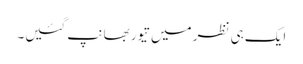
ایک ہی نظر میں تیور بھانپ گئیں۔